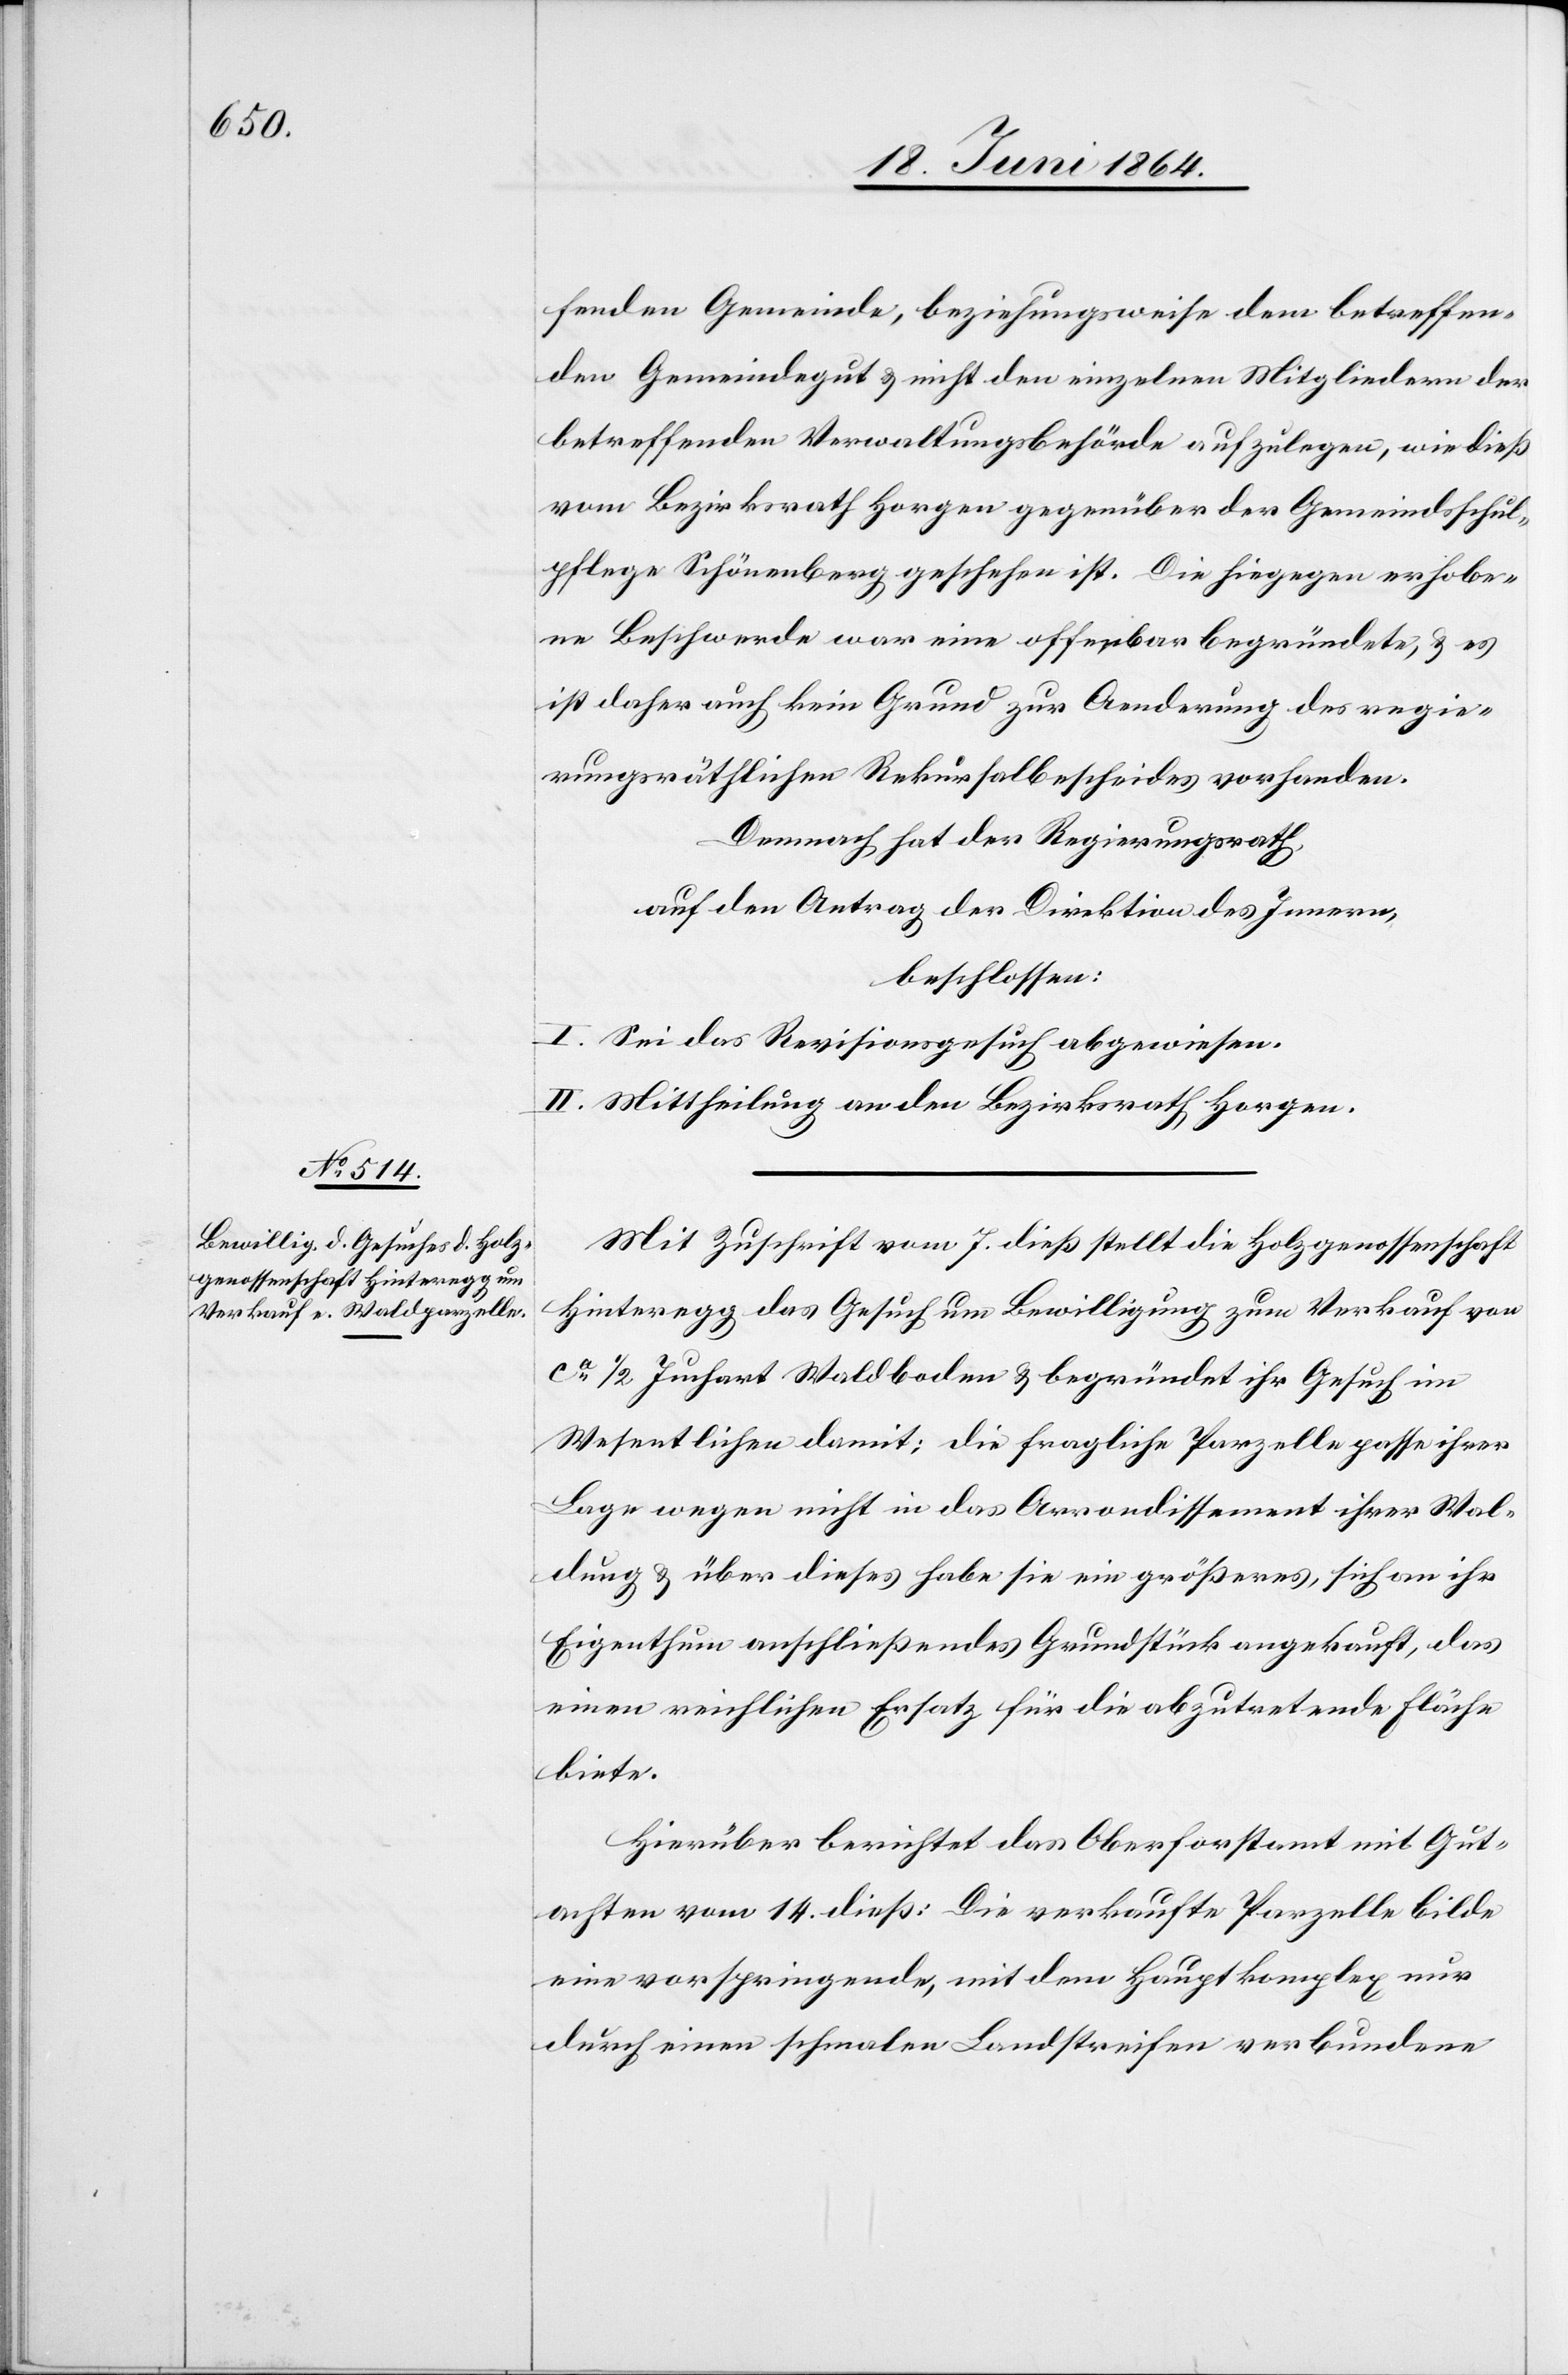
fenden Gemeinde, beziehungsweise dem betreffen¬
den Gemeindegut u. nicht den einzelnen Mitgliedern der
betreffenden Verwaltungsbehörde aufzulegen, wie dieß
vom Bezirksrath Horgen gegenüber der Gemeindsschul¬
pflege Schönenberg geschehen ist. Die hiegegen erhobe¬
ne Beschwerde war eine offenbar begründete, u. es
ist daher auch kein Grund zur Aenderung des regie¬
rungsräthlichen Rekursalbescheides vorhanden.
Demnach hat der Regierungsrath,
auf den Antrag der Direktion des Innern,
beschlossen:
I. Sei das Revisionsgesuch abgewiesen.
II. Mittheilung an den Bezirksrath Horgen.
Mit Zuschrift vom 7. dieß stellt die Holzgenossenschaft
Hinteregg das Gesuch um Bewilligung zum Verkauf von
ca 1/2 Juchart Waldboden u. begründet ihr Gesuch im
Wesentlichen damit: die fragliche Parzelle passe ihrer
Lage wegen nicht in das Arrondissement ihrer Wal¬
dung u. über dieses habe sie ein größeres, sich an ihr
Eigenthum anschließendes Grundstück angekauft, das
einen reichlichen Ersatz für die abzutretende Fläche
biete.
Hierüber berichtet das Oberforstamt mit Gut¬
achten vom 14. dieß: Die verkaufte Parzelle bilde
eine vorspringende, mit dem Hauptkomplex nur
durch einen schmalen Landstreifen verbundene